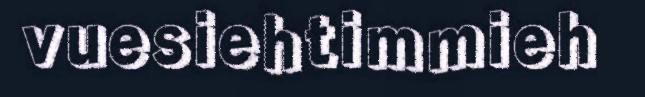
vuesiehtimmieh